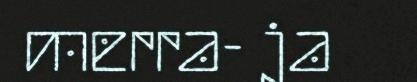
merra- ja